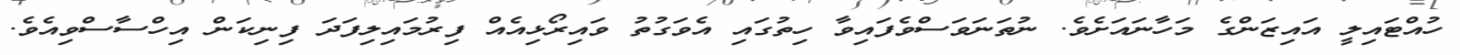
ހުއްޓައިލީ އައިޒަންގެ މަހާނައަށެވެ. ނުތަނަވަސްވެފައިވާ ހިތުގައި އެވަގުތު ވައިރޯޅިއެއް ފިރުމައިލިފަދަ ފިނިކަން އިހްސާސްވިއެވެ.